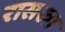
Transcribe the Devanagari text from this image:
रासखा